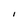
Character: I